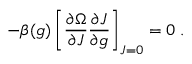
- \beta ( g ) \left[ \frac { \partial \Omega } { \partial J } \frac { \partial J } { \partial g } \right] _ { J = 0 } = 0 \; .